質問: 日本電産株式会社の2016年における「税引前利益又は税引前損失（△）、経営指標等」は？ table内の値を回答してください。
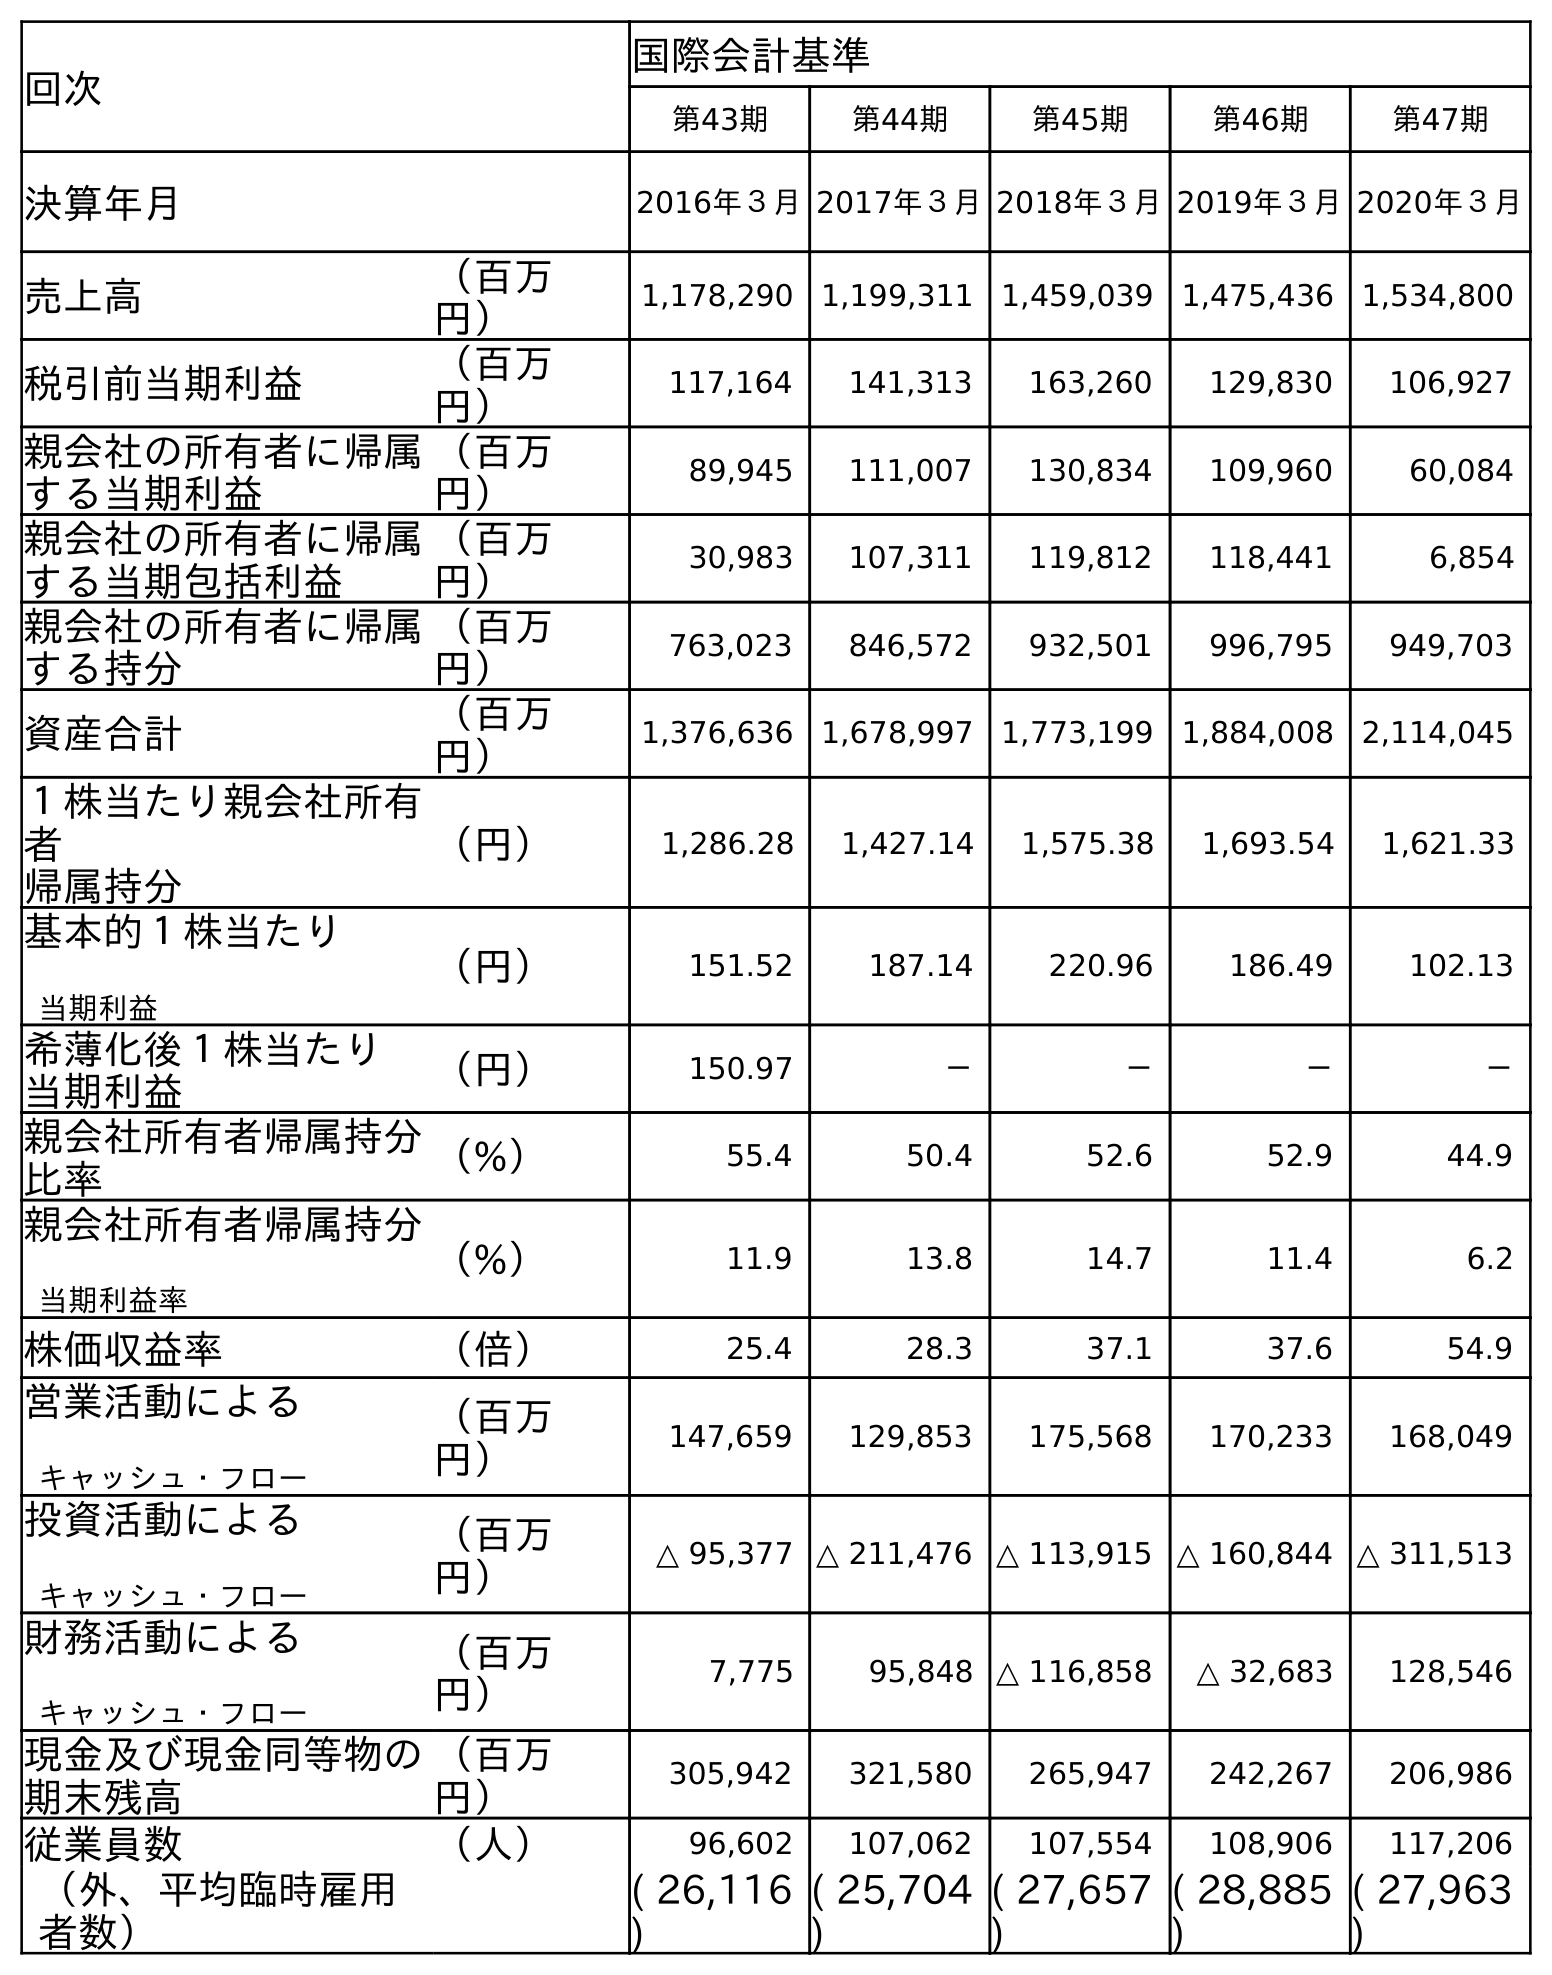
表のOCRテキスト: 回次 国際会計基準 第43期 第44期 第45期 第46期 第47期 決算年月 2016年３月2017年３月2018年３月2019年３月2020年３月 売上高 （百万 円） 1,178,290 1,199,311 1,459,039 1,475,436 1,534,800 税引前当期利益 （百万 円） 117,164 141,313 163,260 129,830 106,927 親会社の所有者に帰属 する当期利益 （百万 円） 89,945 111,007 130,834 109,960 60,084 親会社の所有者に帰属 する当期包括利益 （百万 円） 30,983 107,311 119,812 118,441 6,854 親会社の所有者に帰属 する持分 （百万 円） 763,023 846,572 932,501 996,795 949,703 資産合計 （百万 円） 1,376,636 1,678,997 1,773,199 1,884,008 2,114,045 １株当たり親会社所有 者 帰属持分 （円） 1,286.28 1,427.14 1,575.38 1,693.54 1,621.33 基本的１株当たり 当期利益 （円） 151.52 187.14 220.96 186.49 102.13 希薄化後１株当たり 当期利益 （円） 150.97 － － － － 親会社所有者帰属持分 比率 （%） 55.4 50.4 52.6 52.9 44.9 親会社所有者帰属持分 当期利益率 （%） 11.9 13.8 14.7 11.4 6.2 株価収益率 （倍） 25.4 28.3 37.1 37.6 54.9 営業活動による キャッシュ・フロー （百万 円） 147,659 129,853 175,568 170,233 168,049 投資活動による キャッシュ・フロー （百万 円） △ 95,377 △ 211,476 △ 113,915 △ 160,844 △ 311,513 財務活動による キャッシュ・フロー （百万 円） 7,775 95,848 △ 116,858 △ 32,683 128,546 現金及び現金同等物の 期末残高 （百万 円） 305,942 321,580 265,947 242,267 206,986 従業員数 （人） 96,602 107,062 107,554 108,906 117,206 （外、平均臨時雇用 者数） ( 26,116 ) ( 25,704 ) ( 27,657 ) ( 28,885 ) ( 27,963 )
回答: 117,164